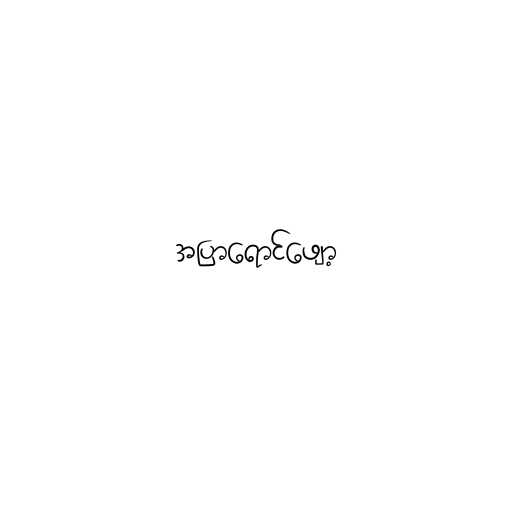
အပြာရောင်ဖျော့